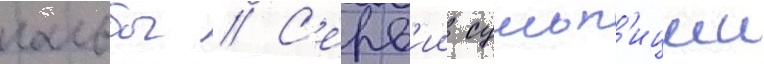
гальбы // С'ерв'ии сульп'иции